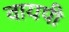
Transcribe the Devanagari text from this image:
वायपी